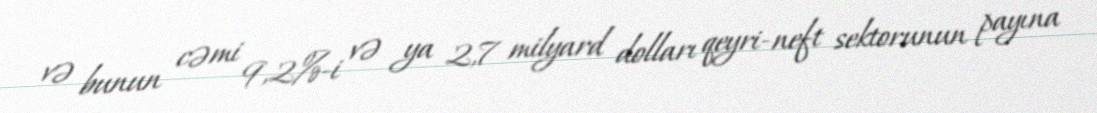
və bunun cəmi 9,2%-i və ya 2,7 milyard dolları qeyri-neft sektorunun payına